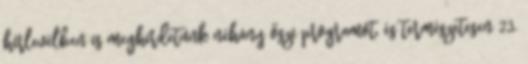
hírlevélben is meghirdetünk néhány őszi programot, és természetesen 23.